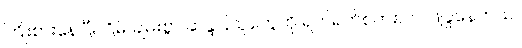
ကြိုးစားနေပြီး ငြိမ်းချမ်းစွာ ဆန္ဒပြသူတွေကို ရက်ရက်စက်စက် ဖြိုခွဲနေတယ်။